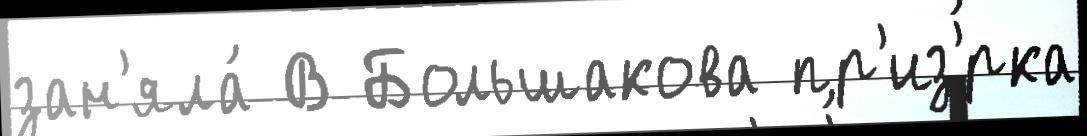
зан'яла́ В Большакова пр'из'́рка